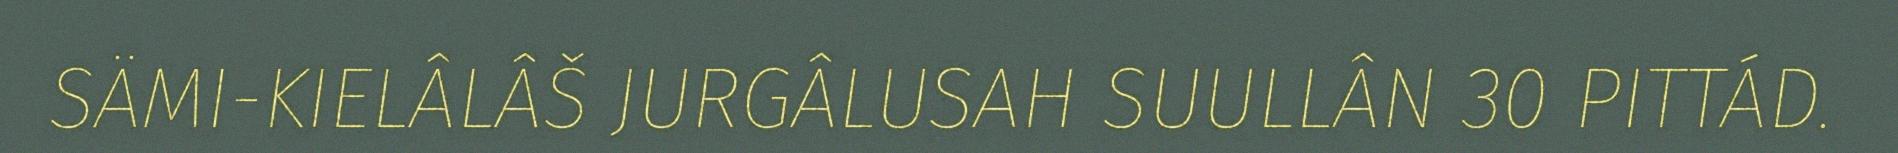
SÄMI-KIELÂLÂŠ JURGÂLUSAH SUULLÂN 30 PITTÁD.